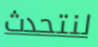
لنتحدث